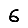
Digit: 6